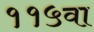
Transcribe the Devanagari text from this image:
११५वा